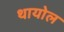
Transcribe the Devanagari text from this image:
थायोल